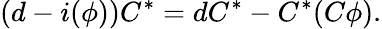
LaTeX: (d-i(\phi))C^{*}=dC^{*}-C^{*}(C\phi).